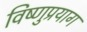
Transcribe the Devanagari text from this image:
विष्‍णुप्रयाग